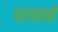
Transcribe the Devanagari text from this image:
परवानों